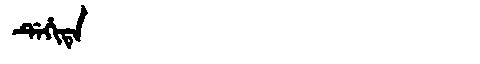
Manchu: ᡩᡝᡥᡳᡨᡝ
Romanization: DEHITE